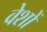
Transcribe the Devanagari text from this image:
वेशों